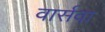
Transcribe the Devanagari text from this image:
वार्सवा